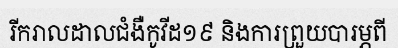
រីករាលដាលជំងឺកូវីដ១៩ និងការព្រួយបារម្ភពី